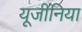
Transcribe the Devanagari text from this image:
यूजीनिया